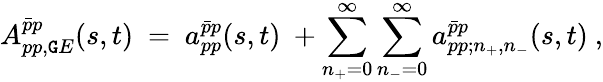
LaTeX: {A_{pp,\mathtt{G}E}^{\bar{{p}}p}}(s,t)\ =\ {a_{pp}^{\bar{{p}}p}}(s,t)\ +\sum_{n_{+}=0}^{\infty}\sum_{n_{-}=0}^{\infty}a_{pp;n_{+},n_{-}}^{\bar{{p}}p}(s,t)\ ,